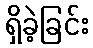
ရှိခဲ့ခြင်း